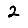
Digit: 2